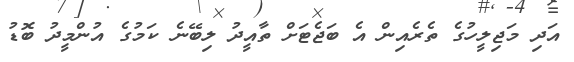
އަދި މަޖިލީހުގެ ތެރެއިން އެ ބަޖެޓަށް ތާއީދު ލިބޭނެ ކަމުގެ އުންމީދު ބޮޑު